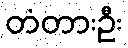
တံတားဦး